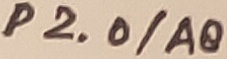
Text: P2.0/A0